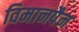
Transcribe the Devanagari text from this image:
विमानपैन